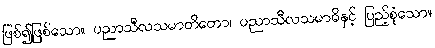
ဖြစ်၍ဖြစ်သော။ ပညာသီလသမာတိတော၊ ပညာသီလသမာဓိနှင့် ပြည့်စုံသော။